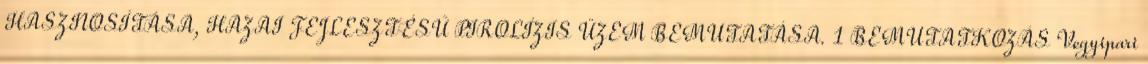
HASZNOSÍTÁSA, HAZAI FEJLESZTÉSŰ PIROLÍZIS ÜZEM BEMUTATÁSA. 1 BEMUTATKOZÁS Vegyipari